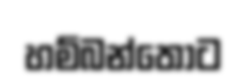
හම්බන්තොට